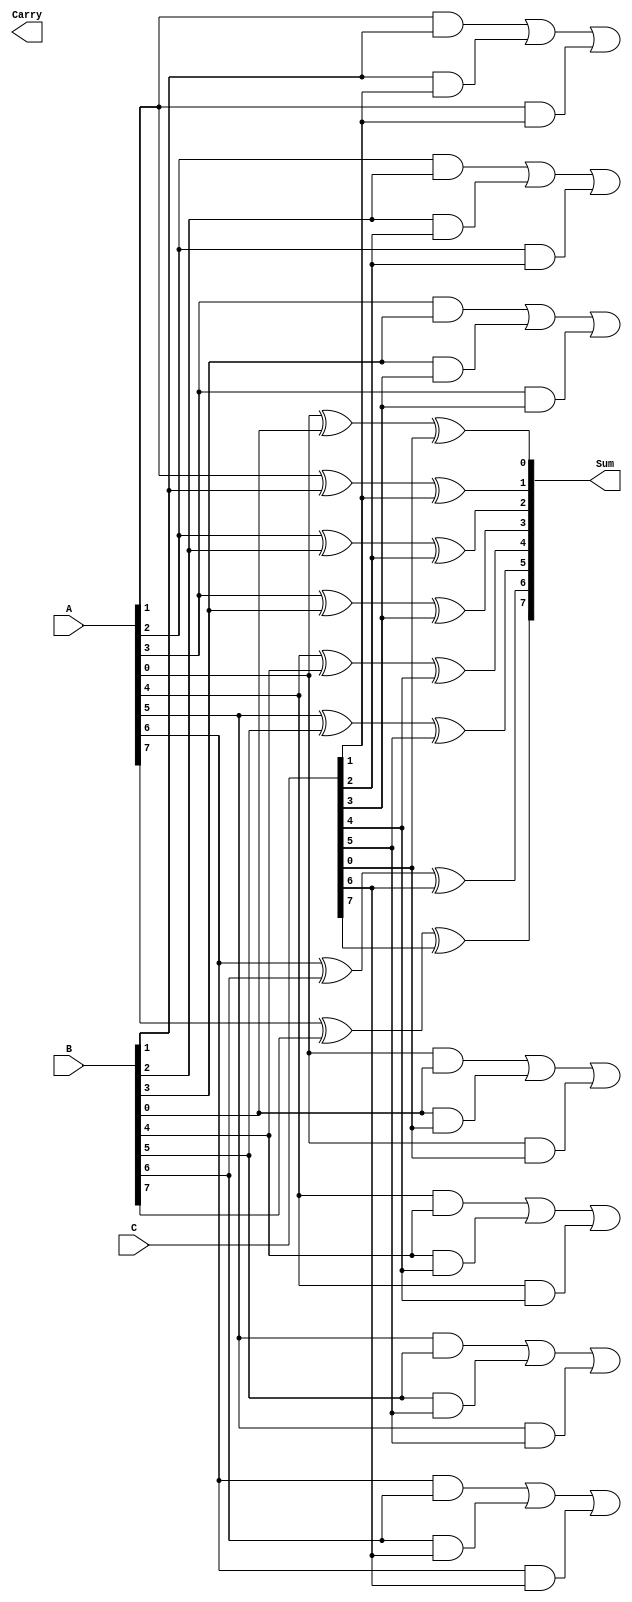
module CarrySaveAdder #(parameter N = 8) (
    input  [N-1:0] A,  // First operand
    input  [N-1:0] B,  // Second operand
    input  [N-1:0] C,  // Third operand
    output [N-1:0] Sum, // Preliminary sum output
    output [N-1:0] Carry // Carry output
);

    // Intermediate wires for carry bits
    wire [N-1:0] carry;

    // Generate the Sum and Carry outputs
    genvar i;
    generate
        for (i = 0; i < N; i = i + 1) begin : CSA
            // Calculate the sum bit
            assign Sum[i] = A[i] ^ B[i] ^ C[i];

            // Calculate the carry bit for the next position
            if (i < N-1) begin
                assign carry[i+1] = (A[i] & B[i]) | (B[i] & C[i]) | (A[i] & C[i]);
            end
        end
    endgenerate

    // The last carry bit is not used for further propagation
    assign Carry = carry;

endmodule